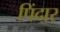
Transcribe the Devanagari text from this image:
पिंदार